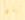
بأن